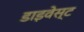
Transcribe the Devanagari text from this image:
डाइवेस्ट